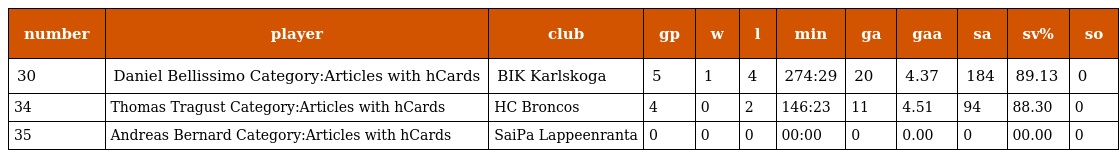
| number | player | club | gp | w | l | min | ga | gaa | sa | sv% | so |
 | --- | --- | --- | --- | --- | --- | --- | --- | --- | --- | --- | --- |
 | 30 | Daniel Bellissimo Category:Articles with hCards | BIK Karlskoga | 5 | 1 | 4 | 274:29 | 20 | 4.37 | 184 | 89.13 | 0 |
 | 34 | Thomas Tragust Category:Articles with hCards | HC Broncos | 4 | 0 | 2 | 146:23 | 11 | 4.51 | 94 | 88.30 | 0 |
 | 35 | Andreas Bernard Category:Articles with hCards | SaiPa Lappeenranta | 0 | 0 | 0 | 00:00 | 0 | 0.00 | 0 | 00.00 | 0 |